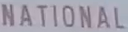
NATIONAL